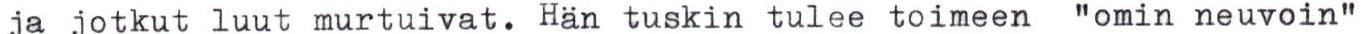
ja jotkut luut murtuivat. Hän tuskin tulee toimeen "omin neuvoin"